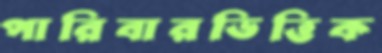
পারিবারভিত্তিক